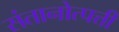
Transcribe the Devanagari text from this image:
संतानोत्पत्ती